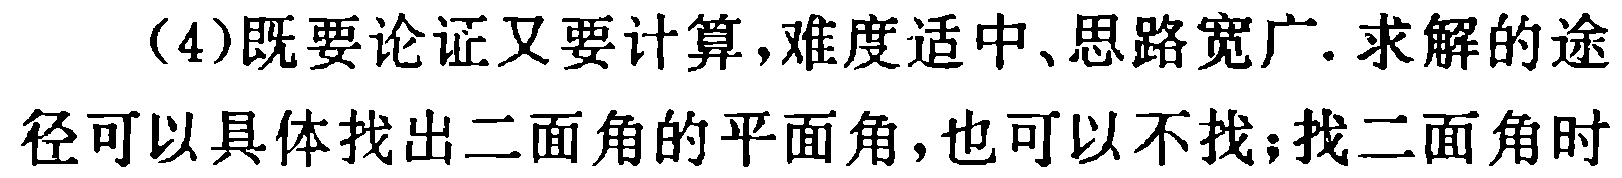
（4）既要论证又要计算,难度适中、思路宽广. 求解的途径可以具体找出二面角的平面角,也可以不找;找二面角时